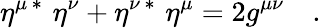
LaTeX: \eta^{\mu\, *}\, \, \eta^{\nu}+\eta^{\nu\, *}\, \, \eta^{\mu}=2g^{\mu\nu}\quad.